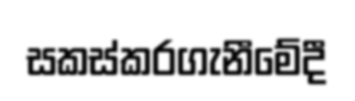
සකස්කරගැනීමේදී